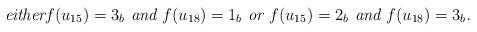
LaTeX: \begin{align*}\mbox{\em either$f(u_{15})=3_b$ and $f(u_{18})=1_b$ or $f(u_{15})=2_b$ and $f(u_{18})=3_b$.}\end{align*}